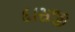
દાસજી